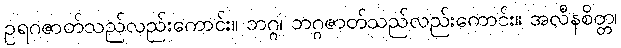
ဥရဂဇာတ်သည်လည်းကောင်း။ ဘဂ္ဂ၊ ဘဂ္ဂဇာတ်သည်လည်းကောင်း။ အလီနစိတ္တ၊